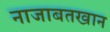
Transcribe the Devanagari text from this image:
नाजाबतखान